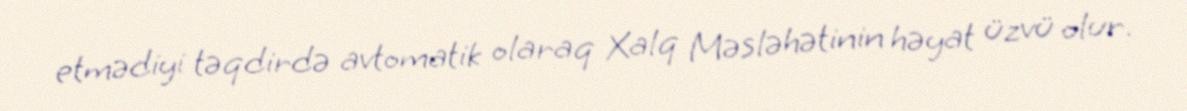
etmədiyi təqdirdə avtomatik olaraq Xalq Məsləhətinin həyat üzvü olur.